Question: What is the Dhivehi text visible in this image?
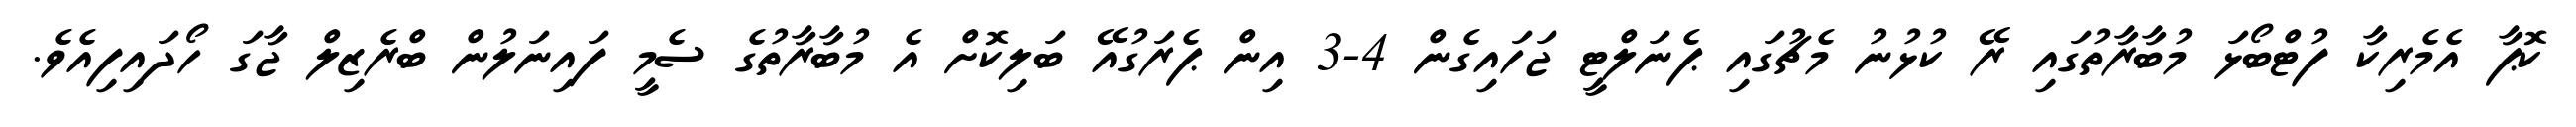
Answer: ކޮޕާ އެމެރިކާ ފުޓްބޯޅަ މުބާރާތުގައި ރޭ ކުޅުނު މެޗުގައި ޕެނަލްޓީ ޖަހައިގެން 4-3 އިން ޕެރަގުއޭ ބަލިކޮށް އެ މުބާރާތުގެ ސެމީ ފައިނަލުން ބްރެޒިލް ޖާގަ ހޯދައިފިއެވެ.